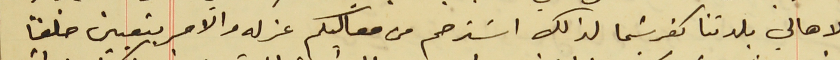
لاهالي بلدتنا كفرشيما لذلك اسَترحم من معاليكم عزله والامر بتعيين خلفًا